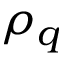
\rho _ { q }